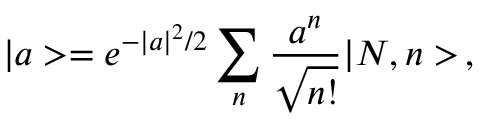
| a > = e ^ { - | a | ^ { 2 } / 2 } \sum _ { n } \frac { a ^ { n } } { \sqrt { n ! } } | N , n > \, ,